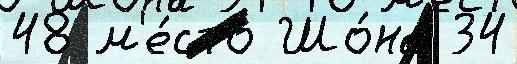
48 м'е́сто Шо́на 34